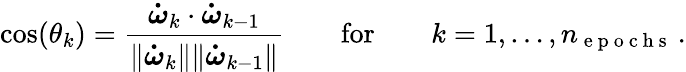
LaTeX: \cos(\theta_{k})=\frac{\boldsymbol{\dot{\omega}}_{k}\cdot\boldsymbol{\dot{\omega}}_{k-1}}{\| \boldsymbol{\dot{\omega}}_{k}\| \| \boldsymbol{\dot{\omega}}_{k-1}\| }\qquad\mathrm{for}\qquad k=1,\dots,n_{\mathrm{~e~p~o~c~h~s~}}\, .